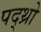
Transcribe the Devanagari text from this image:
पद्थ्रो